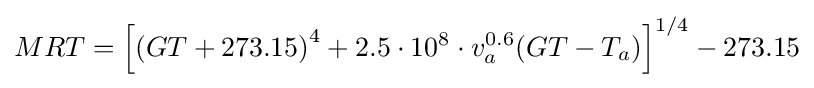
MRT=\left[\left(GT+273.15\right)^{4}+2.5\cdot 10^{8}\cdot v_{a}^{0.6}(GT-T_{a})\right]^{1/4}-273.15